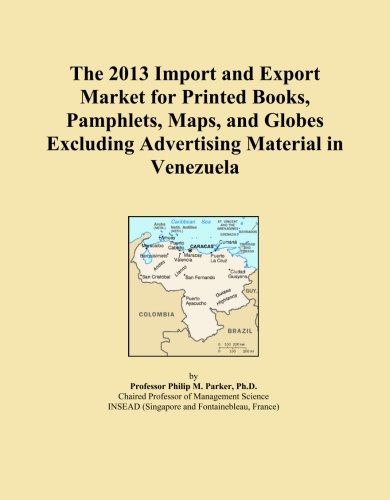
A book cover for The 2013 Import and Export Market for Printed Books, Pamphlets, Maps, and Globes Excluding Advertising Material in Venezuela; Icon Group International; Travel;